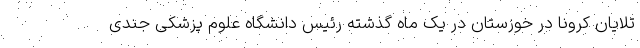
تلایان کرونا در خوزستان در یک ماه گذشته رئیس دانشگاه علوم پزشکی جندی